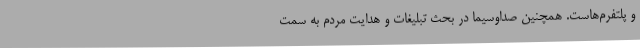
و پلتفرم‌هاست. همچنین صداوسیما در بحث تبلیغات و هدایت مردم به سمت